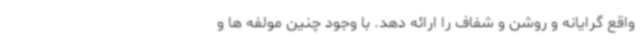
واقع گرایانه و روشن و شفاف را ارائه دهد. با وجود چنین مولفه ها و